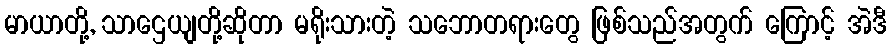
မာယာတို့, သာဌေယျတို့ဆိုတာ မရိုးသားတဲ့ သဘောတရားတွေ ဖြစ်သည်အတွက် ကြောင့် အဲဒီ